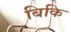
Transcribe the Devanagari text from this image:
बिकि